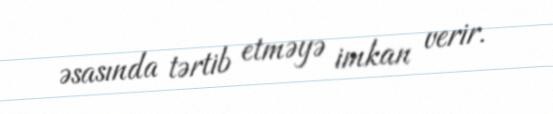
əsasında tərtib etməyə imkan verir.